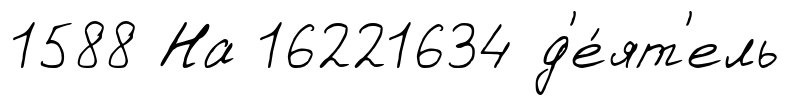
1588 На 16221634 д'е́ят'ель